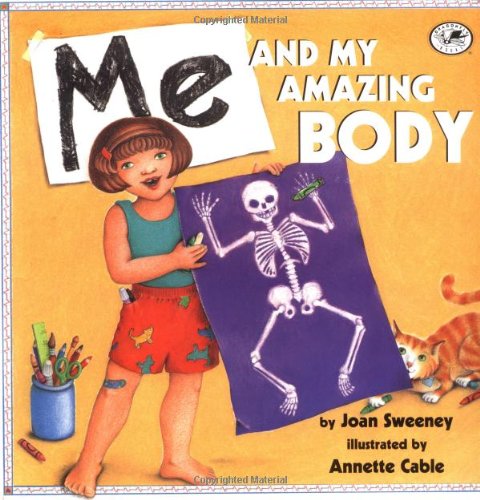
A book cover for Me and My Amazing Body; Joan Sweeney; Children's Books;